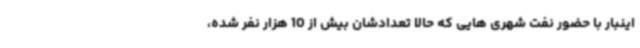
اینبار با حضور نفت شهری هایی که حالا تعدادشان بیش از 10 هزار نفر شده،